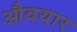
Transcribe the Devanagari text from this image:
औवयार